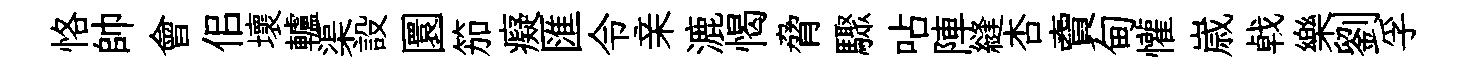
恪帥會佀壞轤渠設圜笳癡匯令亲漉愒脅驟呫陣縫杏𧶠甸懽𡻕㦸樂劉孚